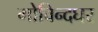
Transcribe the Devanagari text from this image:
गोविन्दघर